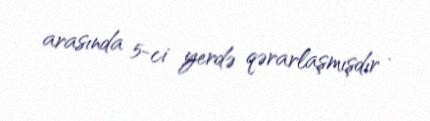
arasında 5-ci yerdə qərarlaşmışdır .